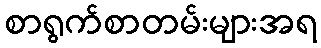
စာရွက်စာတမ်းများအရ